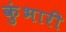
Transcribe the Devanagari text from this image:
कुंभारी